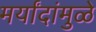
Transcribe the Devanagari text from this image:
मर्यांदांमुळे